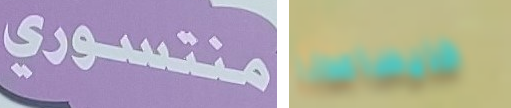
منتسوري فليساعدنا